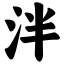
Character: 泮